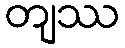
တျဿ